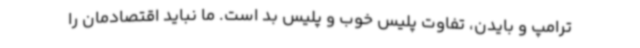
ترامپ و بایدن، تفاوت پلیس خوب و پلیس بد است. ما نباید اقتصادمان را